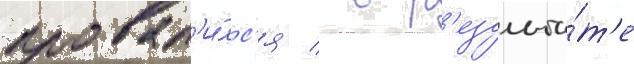
провал'и́лс'я / в р'езульта́т'е